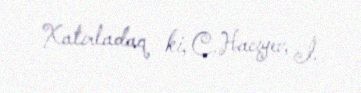
Xatırladaq ki, C.Hacıyev, İ.